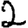
Digit: 2